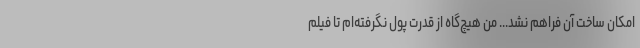
امکان ساخت آن فراهم نشد... من هیچ‌گاه از قدرت پول نگرفته‌ام تا فیلم